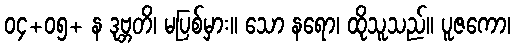
၀၄+၀၅+ န ဒုဗ္ဘတိ၊ မပြစ်မှား။ သော နရော၊ ထိုသူသည်။ ပူဇကော၊